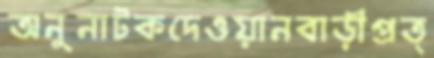
অনুনাটকদেওয়ানবাড়ীপ্রত্